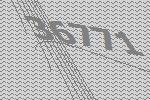
36771